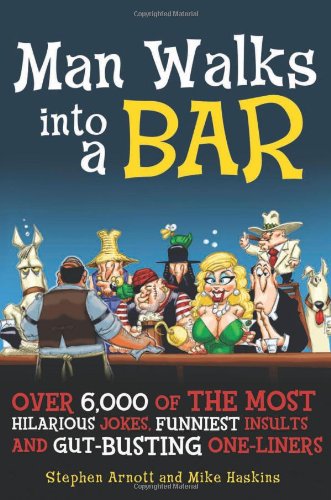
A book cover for Man Walks into a Bar: Over 6,000 of the Most Hilarious Jokes, Funniest Insults and Gut-Busting One-Liners; Stephen Arnott; Humor & Entertainment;